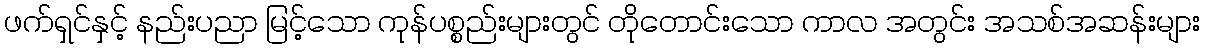
ဖက်ရှင်နှင့် နည်းပညာ မြင့်သော ကုန်ပစ္စည်းများတွင် တိုတောင်းသော ကာလ အတွင်း အသစ်အဆန်းများ